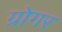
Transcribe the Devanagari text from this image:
ग्रोगर